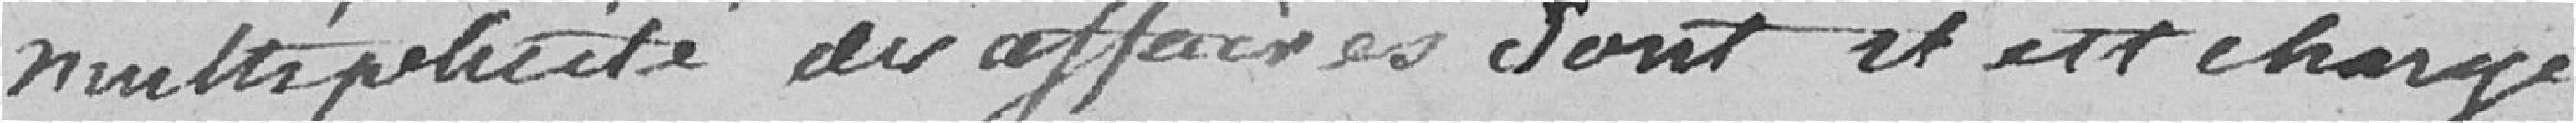
multiplicité des affaires dont il est chargé